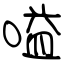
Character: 嗌